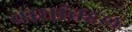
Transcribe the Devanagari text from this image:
वाघांबद्दल